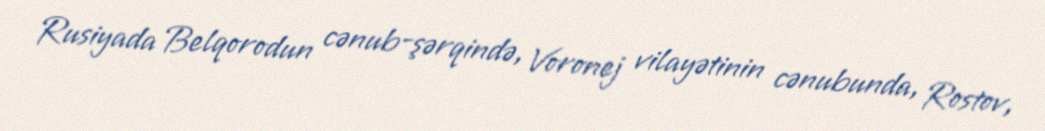
Rusiyada Belqorodun cənub-şərqində, Voronej vilayətinin cənubunda, Rostov,